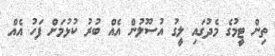
ތިން ޓީމުގެ މެދުގައި ލީގު އުސޫލުން އެއް ބުރު ކުޅުމަށް ފަހު އެއް